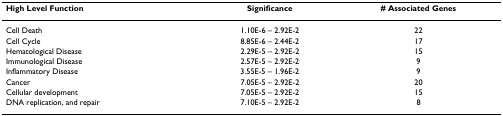
<table><thead><tr><td><b>High Level Function</b></td><td><b>Significance</b></td><td><b># Associated Genes</b></td></tr></thead><tbody><tr><td>Cell Death</td><td>1.10E-6 – 2.92E-2</td><td>22</td></tr><tr><td>Cell Cycle</td><td>8.85E-6 – 2.44E-2</td><td>17</td></tr><tr><td>Hematological Disease</td><td>2.29E-5 – 2.92E-2</td><td>15</td></tr><tr><td>Immunological Disease</td><td>2.57E-5 – 2.92E-2</td><td>9</td></tr><tr><td>Inflammatory Disease</td><td>3.55E-5 – 1.96E-2</td><td>9</td></tr><tr><td>Cancer</td><td>7.05E-5 – 2.92E-2</td><td>20</td></tr><tr><td>Cellular development</td><td>7.05E-5 – 2.92E-2</td><td>15</td></tr><tr><td>DNA replication, and repair</td><td>7.10E-5 – 2.92E-2</td><td>8</td></tr></tbody></table>